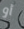
أو